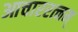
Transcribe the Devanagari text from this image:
आचाररत्नम्